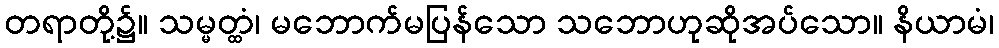
တရာတို့၌။ သမ္မတ္ထံ၊ မဘောက်မပြန်သော သဘောဟုဆိုအပ်သော။ နိယာမံ၊